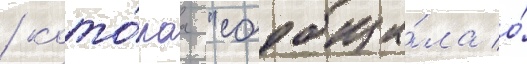
/ кото́раа "сообща́ла о́